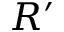
R ^ { \prime }